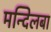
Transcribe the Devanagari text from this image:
मन्दिलबा